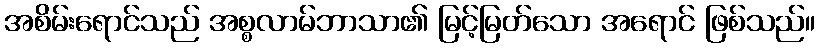
အစိမ်းရောင်သည် အစ္စလာမ်ဘာသာ၏ မြင့်မြတ်သော အရောင် ဖြစ်သည်။